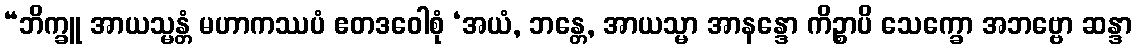
“ဘိက္ခူ အာယသ္မန္တံ မဟာကဿပံ ဧတဒဝေါစုံ ‘အယံ, ဘန္တေ, အာယသ္မာ အာနန္ဒော ကိဉ္စာပိ သေက္ခော အဘဗ္ဗော ဆန္ဒာ